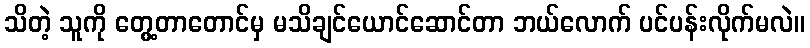
သိတဲ့ သူကို တွေ့တာတောင်မှ မသိချင်ယောင်ဆောင်တာ ဘယ်လောက် ပင်ပန်းလိုက်မလဲ။